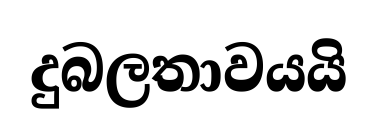
දුබලතාවයයි